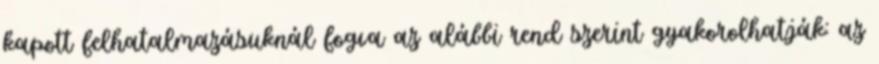
kapott felhatalmazásuknál fogva az alábbi rend szerint gyakorolhatják: az